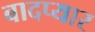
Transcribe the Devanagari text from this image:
बादप्यार